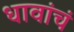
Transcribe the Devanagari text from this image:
धावांचं